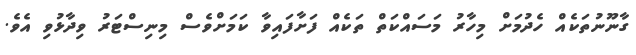
ގާނޫނުތަކެއް ހެދުމަށް މިހާރު މަސައްކަތް ތަކެއް ފަށާފައިވާ ކަމަށްވެސް މިނިސްޓަރު ވިދާޅުވި އެވެ.